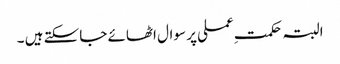
البتہ حکمتِ عملی پر سوال اٹھائے جاسکتے ہیں ۔